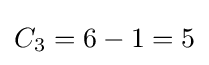
C_{3}=6-1=5